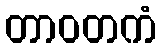
တာဝတကံ